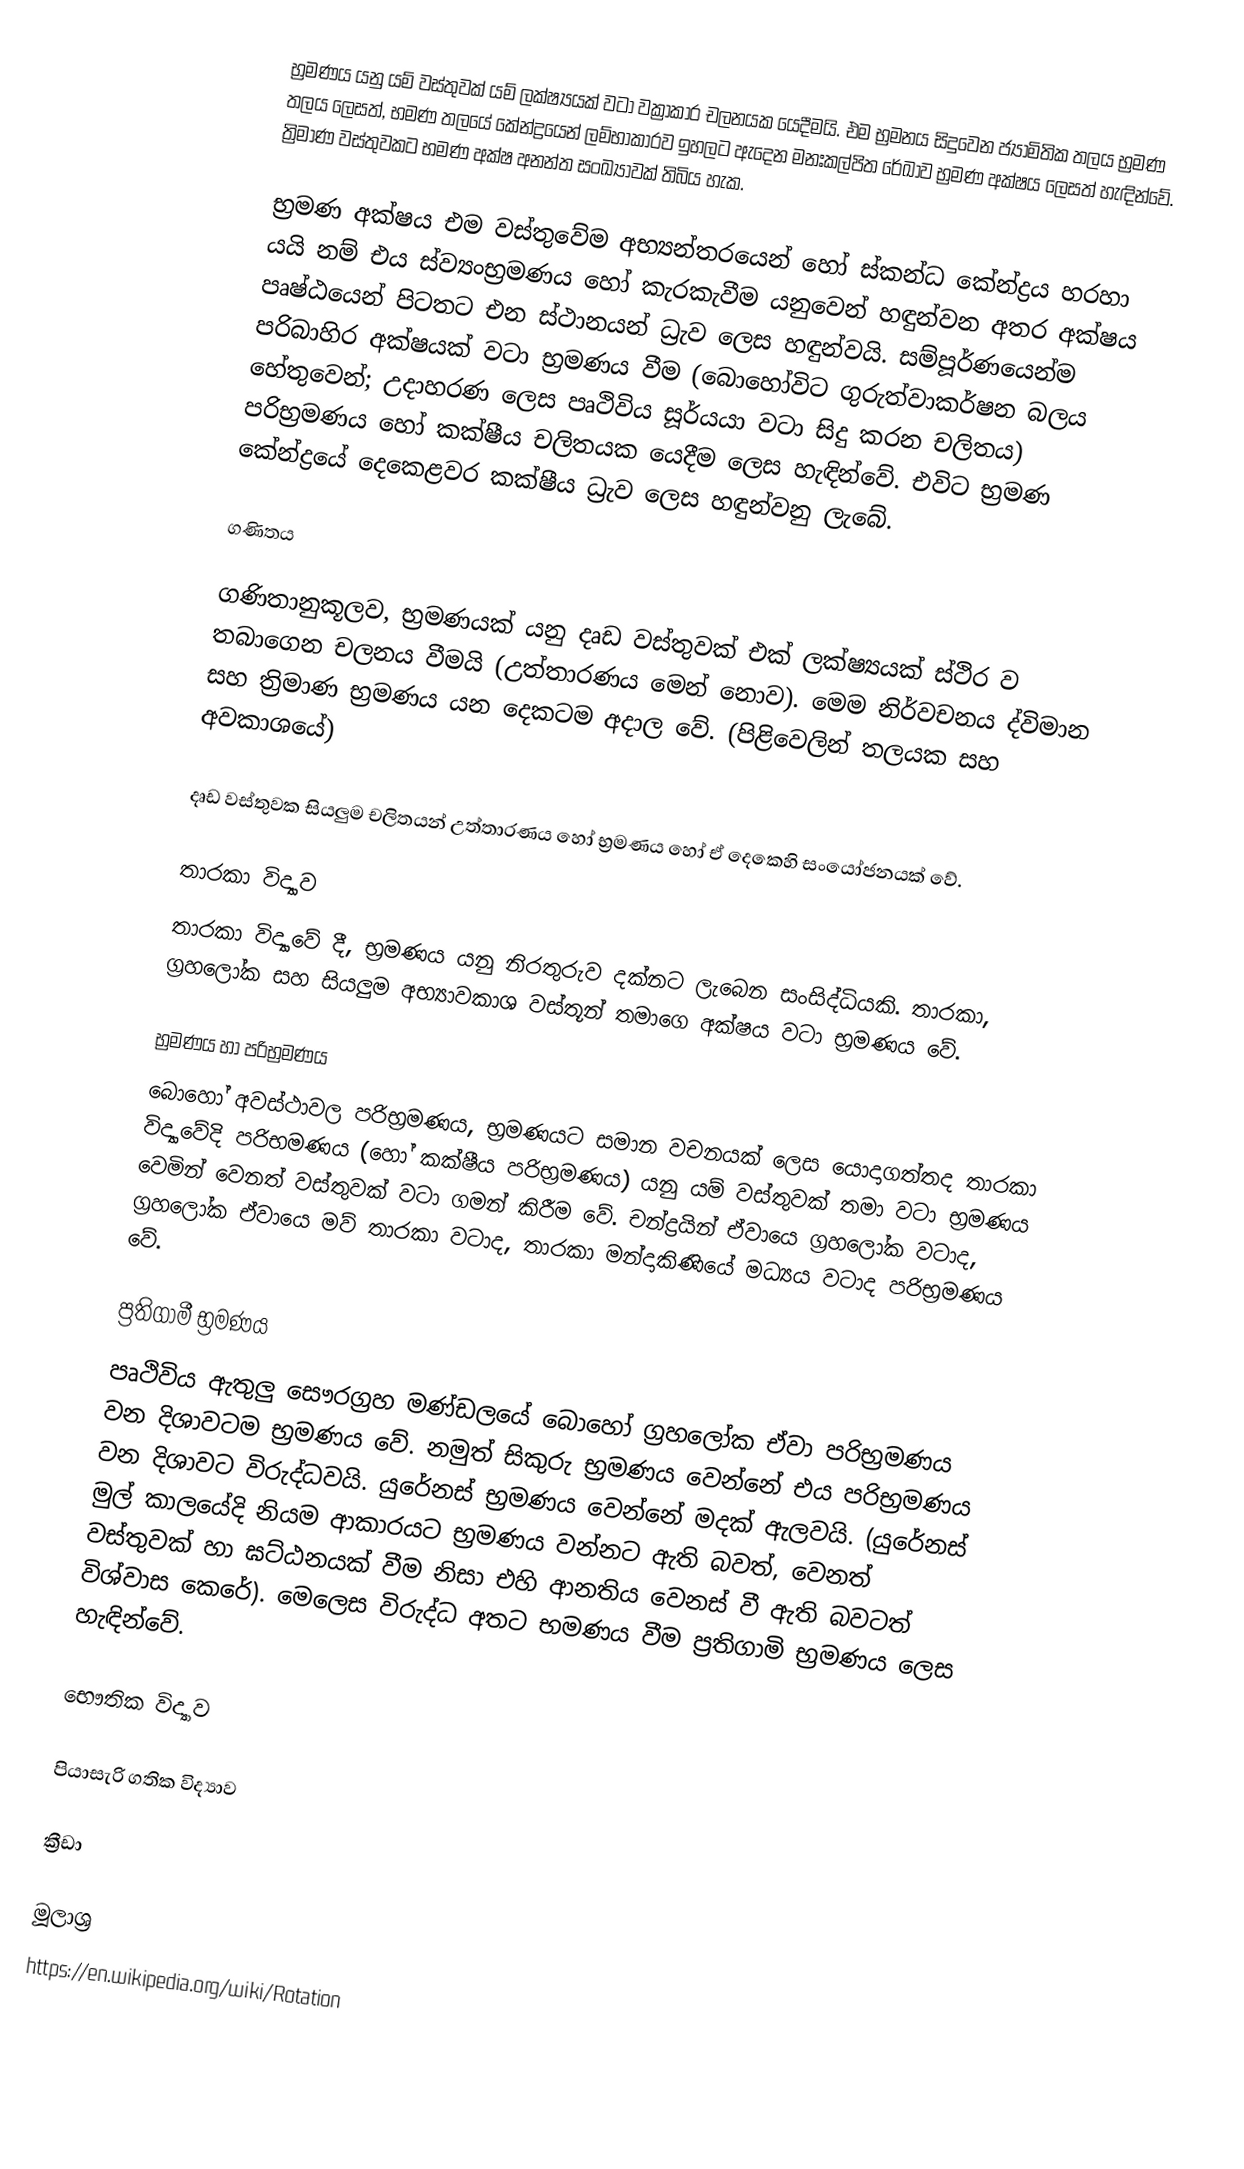
භ්‍රමණය යනු යම් වස්තුවක් යම් ‍ලක්ෂ්‍යයක් වටා වක්‍රාකාර චලනයක යෙදීමයි. එම භ්‍රමනය සිදුවෙන ජ්‍යාමිතික තලය භ්‍රමණ තලය ලෙසත්, භමණ තලයේ කේන්ද්‍රයෙන් ලම්භාකාරව ඉහලට ඇදෙන මනඃකල්පිත රේඛාව භ්‍රමණ අක්ෂය ලෙසත් හැඳින්වේ. ත්‍රිමාණ වස්තුවකට භමණ අක්ෂ අනන්ත සංඛ්‍යාවක් තිබිය හැක.

භ්‍රමණ අක්ෂය එම වස්තුවේම අභ්‍යන්තරයෙන් හෝ ස්කන්ධ කේන්ද්‍රය හරහා යයි නම් එය ස්ව්‍යංභ්‍රමණය හෝ කැරකැවීම යනුවෙන් හඳුන්වන අතර අක්ෂය පෘෂ්ඨයෙන් පිටතට එන ස්ථානයන් ධ්‍රැව ලෙස හඳුන්වයි. සම්පූර්ණයෙන්ම පරිබාහිර අක්ෂයක් වටා භ්‍රමණය වීම (බොහෝවිට ගුරුත්වාකර්ෂන බලය හේතුවෙන්; උදාහරණ ලෙස පෘථිවිය සූර්යයා වටා සිදු කරන චලිතය) පරිභ්‍රමණය හෝ කක්ෂීය චලිතයක යෙදීම ලෙස හැඳින්වේ. එවිට භ්‍රමණ කේන්ද්‍රයේ දෙකෙළවර කක්ෂීය ධ්‍රැව ලෙස හඳුන්වනු ලැබේ.

ගණිතය

ගණිතානුකූලව, භ්‍රමණයක් යනු දෘඩ වස්තුවක් එක් ලක්ෂ්‍යයක් ස්ථිර ව තබාගෙන චලනය වීමයි (උත්තාරණය මෙන් නොව). මෙම නිර්වචනය ද්විමාන සහ ත්‍රිමාණ භ්‍රමණය යන දෙකටම අදාල වේ. (පිළිවෙලින් තලයක සහ අවකාශයේ)

දෘඩ වස්තුවක සියලුම චලිතයන් උත්තාරණය හෝ භ්‍රමණය හෝ ඒ දෙකෙහි සං‍යෝජනයක් වේ.

තාරකා විද්‍යාව
තාරකා විද්‍යාවේ දී, භ්‍රමණය යනු නිරතුරුව දක්නට ලැබෙන සංසිද්ධියකි. තාරකා, ග්‍රහලෝක සහ සියලුම අභ්‍යාවකාශ වස්තූන් තමාගෙ අක්ෂය වටා භ්‍රමණය වේ.

භ්‍රමණය හා පරිභ්‍රමණය
බොහෝ අවස්ථාවල පරිභ්‍රමණය, භ්‍රමණයට සමාන වචනයක් ලෙස යොදාගත්තද තාරකා විද්‍යාවේදි පරිභමණය (හෝ කක්ෂීය පරිභ්‍රමණය) යනු යම් වස්තුවක් තමා වටා භ්‍රමණය වෙමින් වෙනත් වස්තුවක් වටා ගමන් කිරීම වේ. චන්ද්‍රයින් ඒවායෙ ග්‍රහලෝක වටාද, ග්‍රහලෝක ඒවායෙ මව් තාරකා වටාද, තාරකා මන්දාකිණියේ මධ්‍යය වටාද පරිභ්‍රමණය වේ.

ප්‍රතිගාමී භ්‍රමණය
පෘථිවිය ඇතුලු සෞරග්‍රහ මණ්ඩලයේ බොහෝ ග්‍රහලෝක ඒවා පරිභ්‍රමණය වන දිශාවටම භ්‍රමණය වේ. නමුත් සිකුරු භ්‍රමණය වෙන්නේ එය පරිභ්‍රමණය වන දිශාවට විරුද්ධවයි. යුරේනස් භ්‍රමණය වෙන්නේ මදක් ඇලවයි. (යුරේනස් මුල් කාලයේදි නියම ආකාරයට භ්‍රමණය වන්නට ඇති බවත්, වෙනත් වස්තුවක් හා ඝට්ඨනයක් වීම නිසා එහි ආනතිය වෙනස් වී ඇති බවටත් විශ්වාස කෙරේ). මෙලෙස විරුද්ධ අතට භමණය වීම ප්‍රතිගාමි භ්‍රමණය ලෙස හැඳින්වේ.

භෞතික විද්‍යාව

පියාසැරි ගතික විද්‍යාව

ක්‍රීඩා

මූලාශ්‍ර
https://en.wikipedia.org/wiki/Rotation